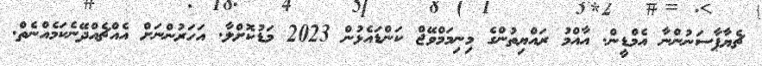
ޗެޔާޕާސަނުންނާ އެމްޑީން. އާއްމު ރައްޔިތުންގެ މިނިމަމްވޭޖް ކަންޑައެޅުން 2023 މަޑުކޮށްލާ. އަހަރުންނަށް އެއްޗެއްދޭނެކަމެއްނެތް.